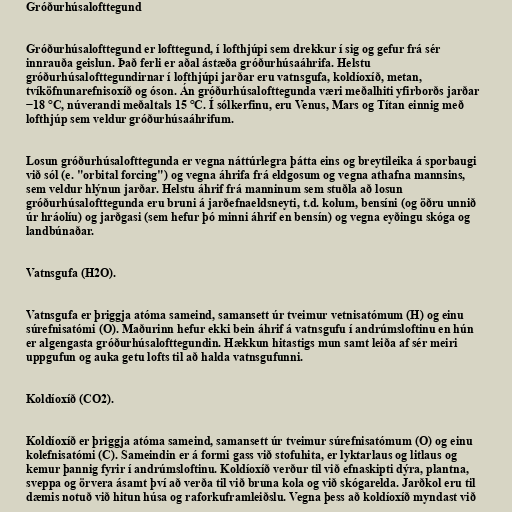
Gróðurhúsalofttegund

Gróðurhúsalofttegund er lofttegund, í lofthjúpi sem drekkur í sig og gefur frá sér
innrauða geislun. Það ferli er aðal ástæða gróðurhúsaáhrifa. Helstu
gróðurhúsalofttegundirnar í lofthjúpi jarðar eru vatnsgufa, koldíoxíð, metan,
tvíköfnunarefnisoxíð og óson. Án gróðurhúsalofttegunda væri meðalhiti yfirborðs jarðar
−18 °C, núverandi meðaltals 15 °C. Í sólkerfinu, eru Venus, Mars og Títan einnig með
lofthjúp sem veldur gróðurhúsaáhrifum.

Losun gróðurhúsalofttegunda er vegna náttúrlegra þátta eins og breytileika á sporbaugi
við sól (e. "orbital forcing") og vegna áhrifa frá eldgosum og vegna athafna mannsins,
sem veldur hlýnun jarðar. Helstu áhrif frá manninum sem stuðla að losun
gróðurhúsalofttegunda eru bruni á jarðefnaeldsneyti, t.d. kolum, bensíni (og öðru unnið
úr hráolíu) og jarðgasi (sem hefur þó minni áhrif en bensín) og vegna eyðingu skóga og
landbúnaðar.

Vatnsgufa (H2O).

Vatnsgufa er þriggja atóma sameind, samansett úr tveimur vetnisatómum (H) og einu
súrefnisatómi (O). Maðurinn hefur ekki bein áhrif á vatnsgufu í andrúmsloftinu en hún
er algengasta gróðurhúsalofttegundin. Hækkun hitastigs mun samt leiða af sér meiri
uppgufun og auka getu lofts til að halda vatnsgufunni.

Koldíoxíð (CO2).

Koldíoxíð er þriggja atóma sameind, samansett úr tveimur súrefnisatómum (O) og einu
kolefnisatómi (C). Sameindin er á formi gass við stofuhita, er lyktarlaus og litlaus og
kemur þannig fyrir í andrúmsloftinu. Koldíoxíð verður til við efnaskipti dýra, plantna,
sveppa og örvera ásamt því að verða til við bruna kola og við skógarelda. Jarðkol eru til
dæmis notuð við hitun húsa og raforkuframleiðslu. Vegna þess að koldíoxíð myndast við